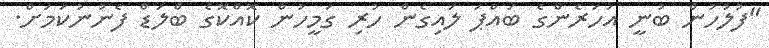
"ފުލުހުން ބުނީ އަހަރެންގެ ބައްޕަ ލައިގެން ހުރި ގަމީހުން ކޮއްކޮގެ ބްލަޑް ފެނުނުކަމަށް.